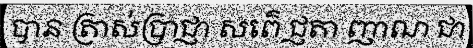
បាន ត្រាស់ប្រាជ្ញា សព៌េ ជ្ញតា ញាណ ជា